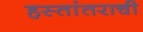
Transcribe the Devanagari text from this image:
हस्तांतराची